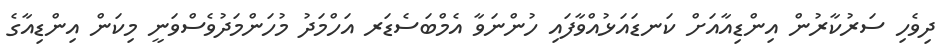
ދިވެހި ސަރުކާރުން އިންޑިއާއަށް ކަނޑައަޅުއްވާފައި ހުންނަވާ އެމްބަސެޑަރ އަހްމަދު މުހަންމަދުވެސްވަނީ މިކަން އިންޑިއާގެ